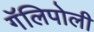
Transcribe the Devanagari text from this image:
गॅलिपोली